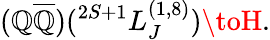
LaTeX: (\mathbb{Q}\overline{{{{\mathbb{Q}}}}})(^{2S+1}L_{J}^{(1,8)})\toH.